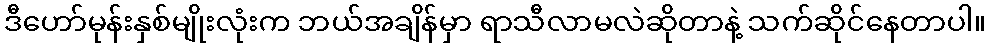
ဒီဟော်မုန်းနှစ်မျိုးလုံးက ဘယ်အချိန်မှာ ရာသီလာမလဲဆိုတာနဲ့ သက်ဆိုင်နေတာပါ။